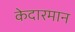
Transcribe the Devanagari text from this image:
केदारमान